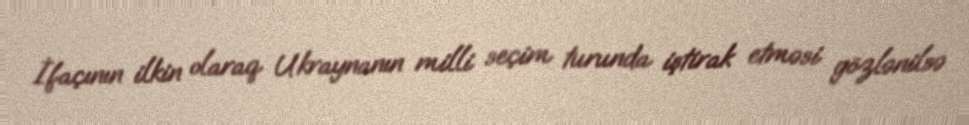
İfaçının ilkin olaraq Ukraynanın milli seçim turunda iştirak etməsi gözlənilsə